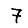
Digit: 7